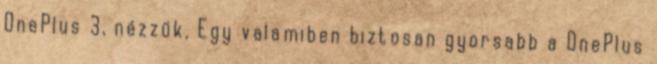
OnePlus 3, nézzük, Egy valamiben biztosan gyorsabb a OnePlus